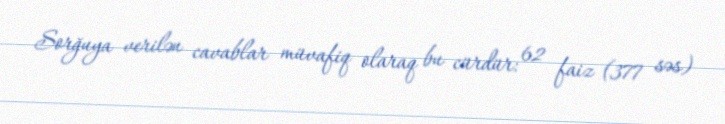
Sorğuya verilən cavablar müvafiq olaraq bu cürdür: 62 faiz (377 səs)